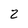
Character: 2